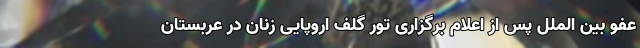
عفو بین الملل پس از اعلام برگزاری تور گلف اروپایی زنان در عربستان